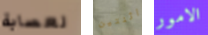
لعصابة اثنتين الامور